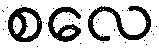
စလေ